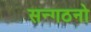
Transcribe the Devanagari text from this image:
सन्गठनो